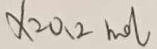
x _ { 2 } 0 . 2 h o l